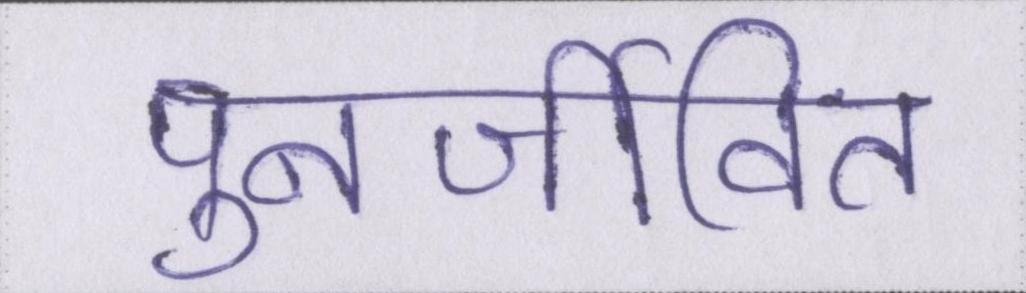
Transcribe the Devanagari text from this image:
पुनर्जीवित